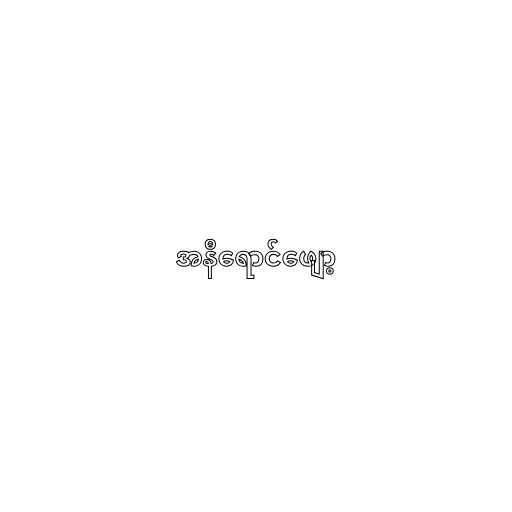
အနီရောင်ဖျော့